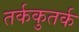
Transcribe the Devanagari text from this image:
तर्ककुतर्क